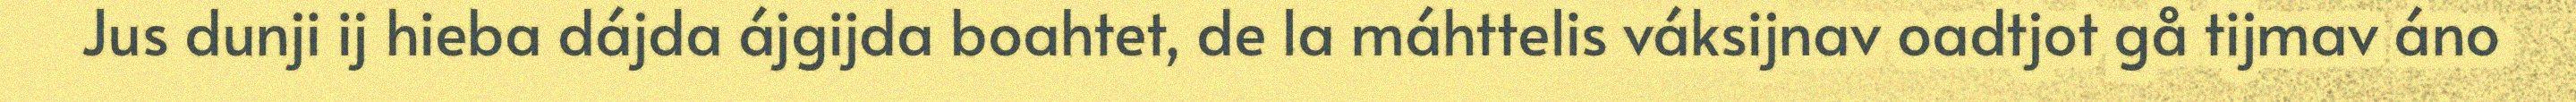
Jus dunji ij hieba dájda ájgijda boahtet, de la máhttelis váksijnav oadtjot gå tijmav áno